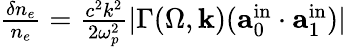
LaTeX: \begin{array}{r}{\frac{\delta n_{e}}{n_{e}}=\frac{c^{2}k^{2}}{2\omega_{p}^{2}}|\Gamma(\Omega,\mathbf{k})(\mathbf{a}_{0}^{\mathrm{in}}\cdot\mathbf{a}_{1}^{\mathrm{in}})|}\end{array}